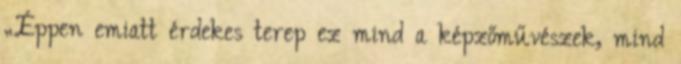
„Éppen emiatt érdekes terep ez mind a képzőművészek, mind